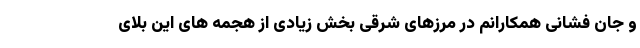
و جان فشانی همکارانم در مرزهای شرقی بخش زیادی از هجمه های این بلای